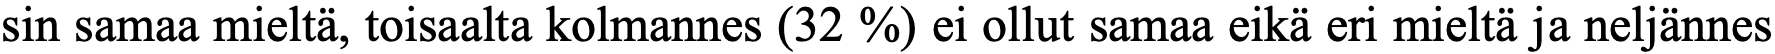
sin samaa mieltä, toisaalta kolmannes (32 %) ei ollut samaa eikä eri mieltä ja neljännes